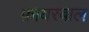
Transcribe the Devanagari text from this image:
फ़ायरबाल